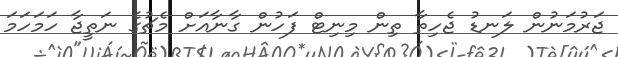
ޖަރުމަނުން ލަނޑު ޖެހިތާ ތިން މިނިޓް ފަހުން ގާނާއަށް މެޗުގެ ނަތީޖާ ހަމަހަމަ